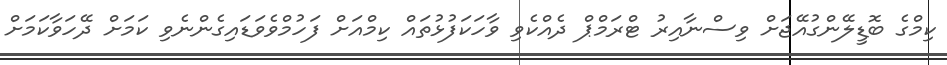
ކިމްގެ ބޮޑީލޭންގުއޭޖަށް ވިސްނާއިރު ޓްރަމްޕް ދެއްކެވި ވާހަކަފުޅުތައް ކިމްއަށް ފަހުމްވެވަޑައިގެންނެވި ކަމަށް ދޭހަވާކަމަށް